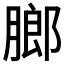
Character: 𬛋